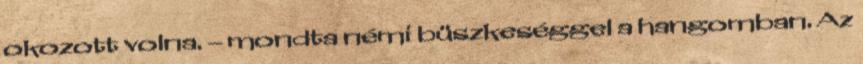
okozott volna. – mondta némi büszkeséggel a hangomban. Az